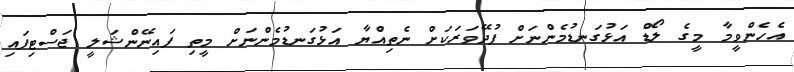
އެހެންވީމާ މީގެ ލޯޑް އަޅުގަނޑުމެންނަށް ފުދޭވަރަކަށް ނެތިއްޔާ އަޅުގަނޑުމެންނަށް މީތި ފައިނޭންޝަލީ ޖަސްޓިފައި